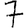
Digit: 7